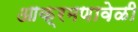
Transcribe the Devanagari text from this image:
आक्रमणावेळी